画像に写った文字を読んでください
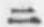
「ニ」と書いてあります